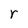
Character: r